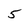
Character: 5